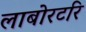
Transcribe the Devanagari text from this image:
लाबोरटरि